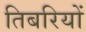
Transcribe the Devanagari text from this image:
तिबरियों